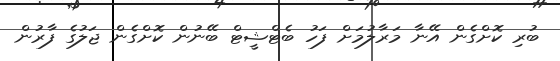
ބުރި ކޮށްގެން އޭނާ މަރާލުމަށް ފަހު ބެޓްޝީޓް ބޭނުން ކޮށްގެން ޖަލުގެ ފާރުން